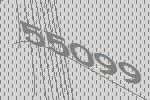
55099